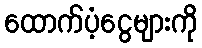
ထောက်ပံ့ငွေများကို